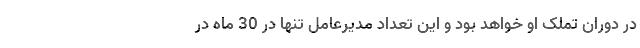
در دوران تملک او خواهد بود و این تعداد مدیرعامل تنها در 30 ماه در